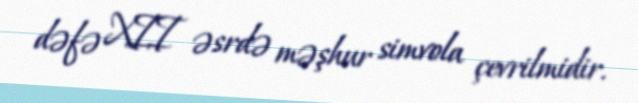
dəfə XII əsrdə məşhur simvola çevrilmidir.